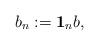
LaTeX: \begin{align*}b_n:=\mathbf{1}_nb, \end{align*}